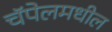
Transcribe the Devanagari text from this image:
चॅपेलमधील